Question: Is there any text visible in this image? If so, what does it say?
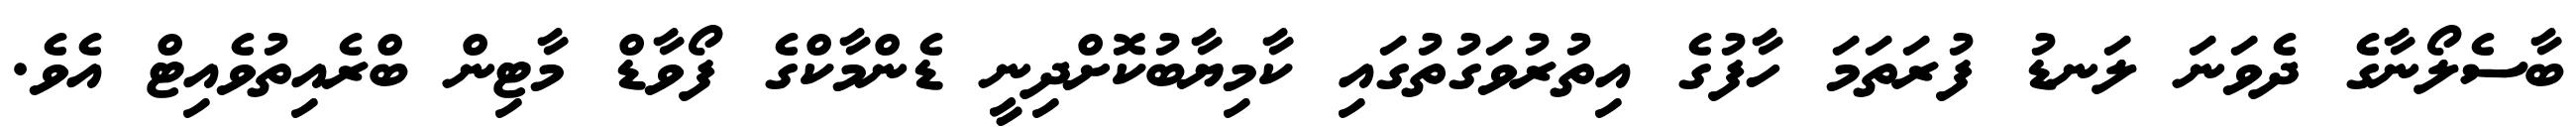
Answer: ބާސެލޯނާގެ ދެވަނަ ލަނޑު ފުރަތަމަ ހާފުގެ އިތުރުވަގުތުގައި ކާމިޔާބުކޮށްދިނީ ޑެންމާކްގެ ފޯވާޑް މާޓިން ބްރެއިތުވެއިޓް އެވެ.